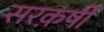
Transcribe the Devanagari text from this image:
सरक़षी